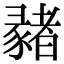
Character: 𢑳